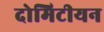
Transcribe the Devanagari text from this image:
दोमिटीयन